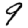
Digit: 9